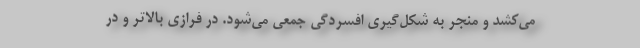
مي‌كشد و منجر به شكل‌گيري افسردگي جمعي مي‌شود. در فرازي بالاتر و در